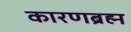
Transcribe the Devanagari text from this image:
कारणब्रह्म